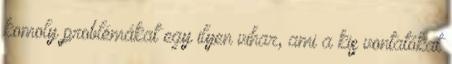
komoly problémákat egy ilyen vihar, ami a kis vontatókat